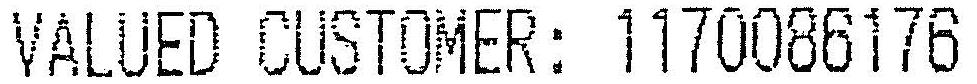
VALUED CUSTOMER: 1170086176